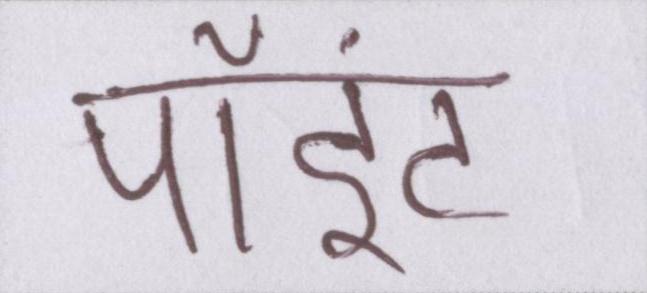
पॉइंट